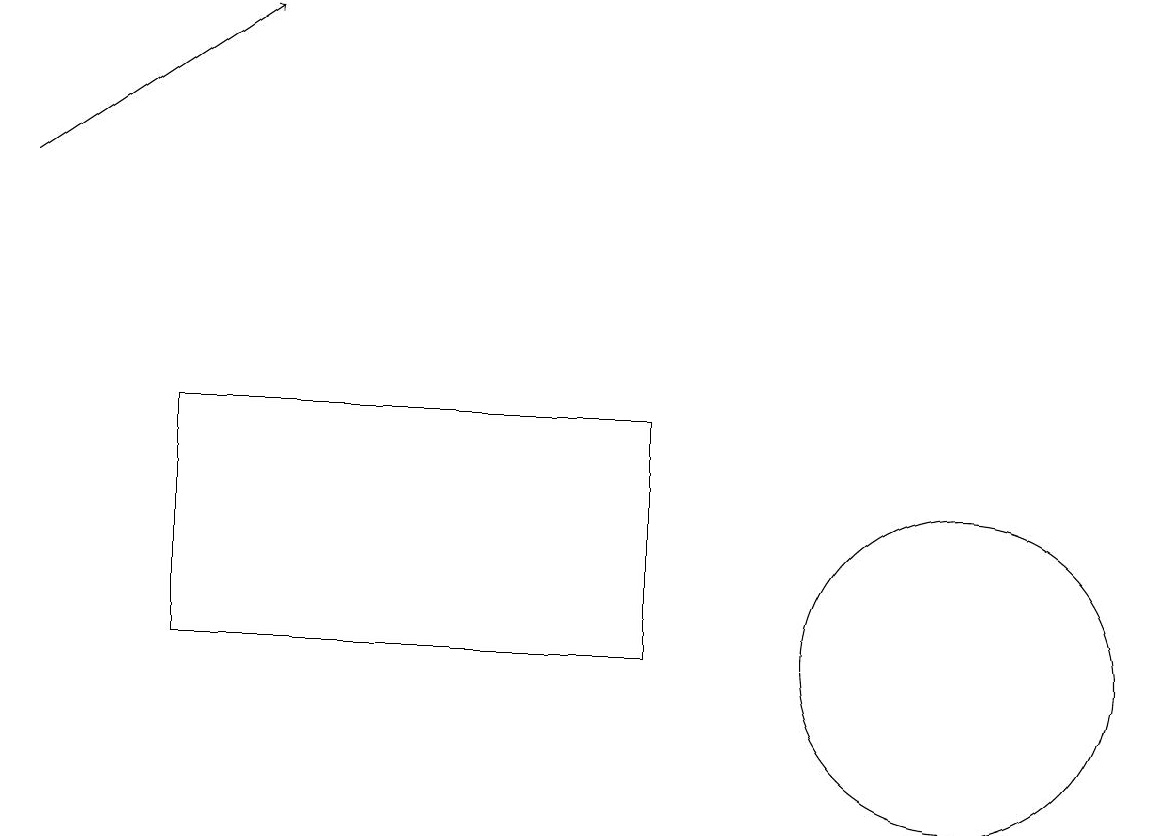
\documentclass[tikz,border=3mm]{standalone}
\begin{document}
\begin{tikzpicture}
\draw (8,13) rectangle (2,10);
\draw[->] (0,16) -- (3,18);
\draw (12,10) circle (2);
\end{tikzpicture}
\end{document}